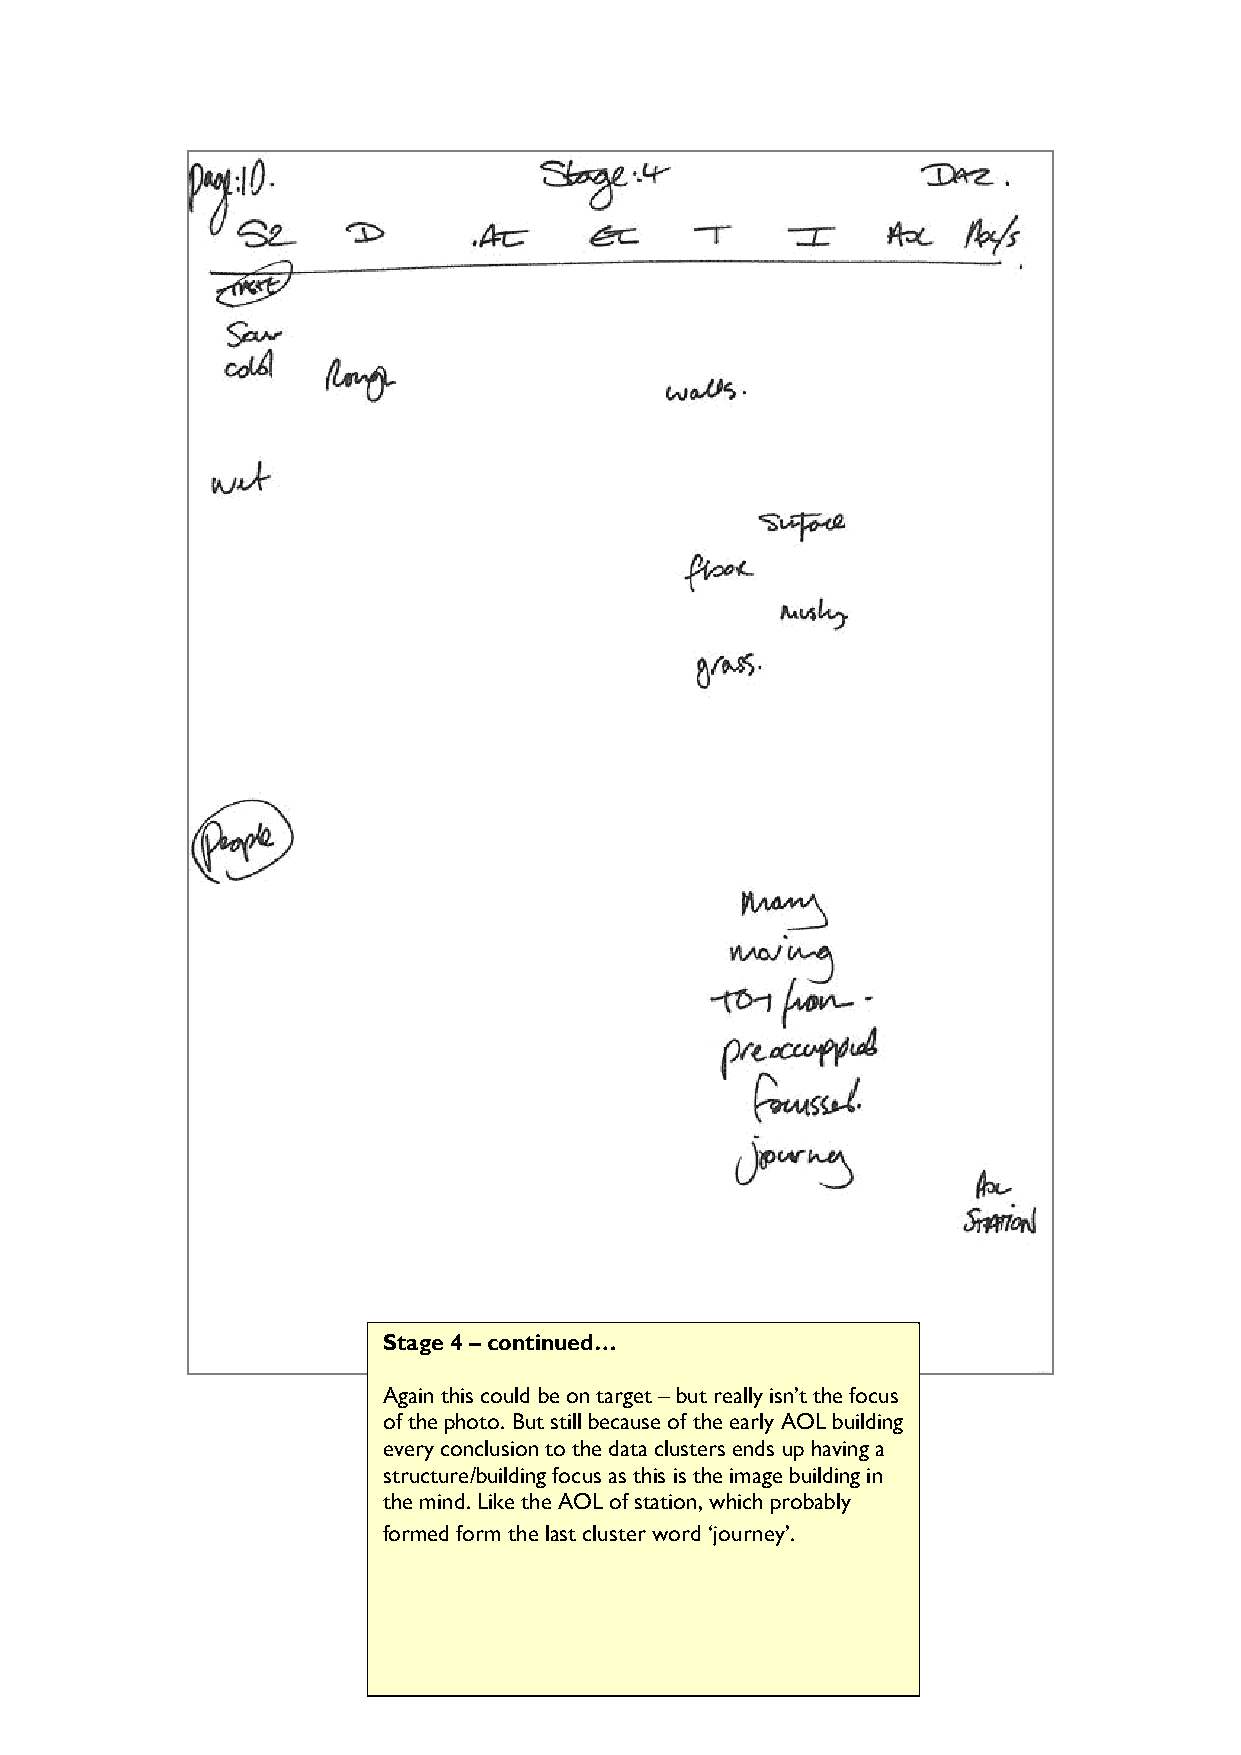
Stage 4 – continued…
 Again this could be on target – but really isn’t the focus
 of the photo. But still because of the early AOL building
 every conclusion to the data clusters ends up having a
 structure/building focus as this is the image building in
 the mind. Like the AOL of station, which probably
 formed form the last cluster word ‘journey’.